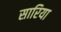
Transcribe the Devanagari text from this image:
सारिया